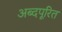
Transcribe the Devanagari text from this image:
अब्दपूरित